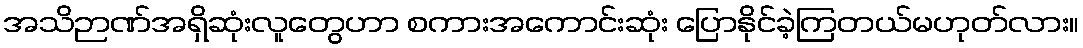
အသိဉာဏ်အရှိဆုံးလူတွေဟာ စကားအကောင်းဆုံး ပြောနိုင်ခဲ့ကြတယ်မဟုတ်လား။